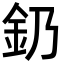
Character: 釢